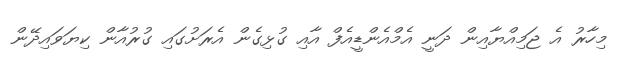
މިހާރު އެ ޖަމިއްޔާއިން ދަނީ އެމްއެންޑީއެފް އާއި ގުޅިގެން އެރަށުގައި ގުރުއާން ކިޔަވައިދޭން